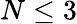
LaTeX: N\le 3